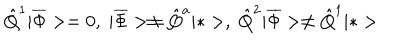
\hat { Q } ^ { 1 } | \overline { { \Phi } } > = 0 , \; | \overline { { \Phi } } > \neq \hat { Q } ^ { a } | * > , \; \hat { Q } ^ { 2 } | \overline { { \Phi } } > \neq \hat { Q } ^ { 1 } | * >